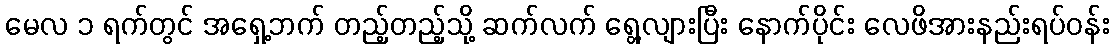
မေလ ၁ ရက်တွင် အရှေ့ဘက် တည့်တည့်သို့ ဆက်လက် ရွေ့လျားပြီး နောက်ပိုင်း လေဖိအားနည်းရပ်ဝန်း